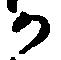
か